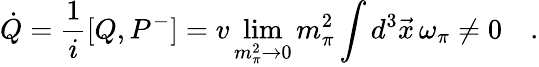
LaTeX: \dot{Q}=\frac{1}{i}[Q,P^{-}]=v\operatorname*{lim}_{m_{\pi}^{2}\rightarrow 0}m_{\pi}^{2}\int d^{3}\vec{x}\, \omega_{\pi}\neq 0\quad.